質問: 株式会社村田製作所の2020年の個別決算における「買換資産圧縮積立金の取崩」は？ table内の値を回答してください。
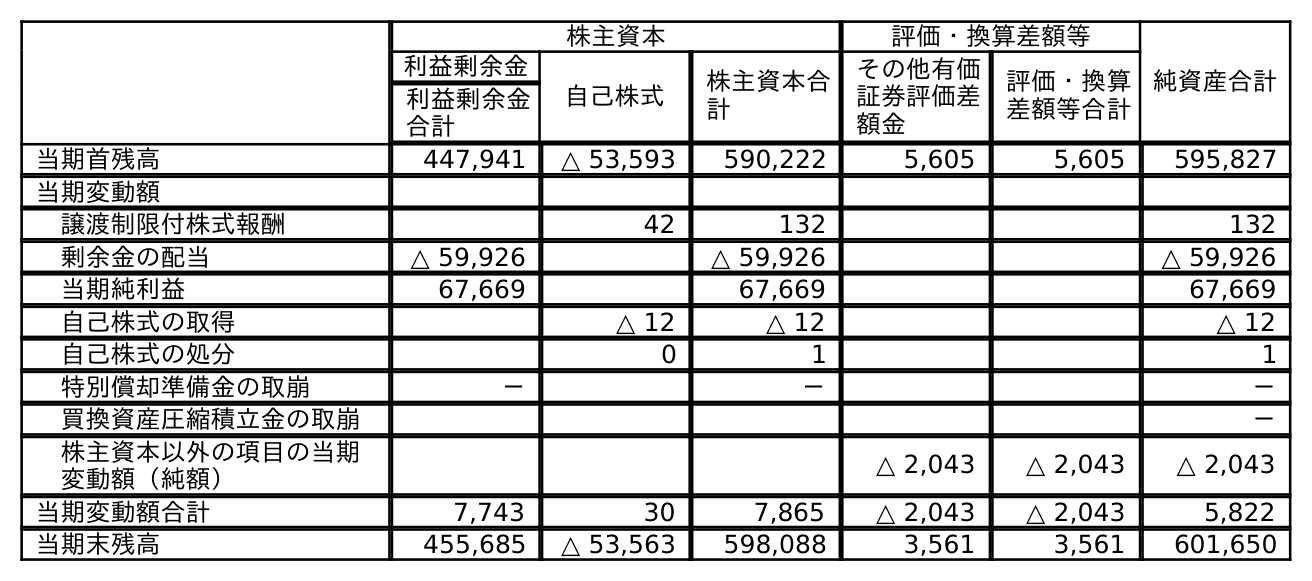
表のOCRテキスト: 株主資本 評価・換算差額等 純資産合計 利益剰余金 自己株式 株主資本合 計 その他有価 証券評価差 額金 評価・換算 差額等合計 利益剰余金 合計 当期首残高 447,941 △ 53,593 590,222 5,605 5,605 595,827 当期変動額 譲渡制限付株式報酬 42 132 132 剰余金の配当 △ 59,926 △ 59,926 △ 59,926 当期純利益 67,669 67,669 67,669 自己株式の取得 △ 12 △ 12 △ 12 自己株式の処分 0 1 1 特別償却準備金の取崩 － － － 買換資産圧縮積立金の取崩 － 株主資本以外の項目の当期 変動額（純額） △ 2,043 △ 2,043 △ 2,043 当期変動額合計 7,743 30 7,865 △ 2,043 △ 2,043 5,822 当期末残高 455,685 △ 53,563 598,088 3,561 3,561 601,650
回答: －